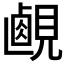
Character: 𧡹